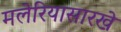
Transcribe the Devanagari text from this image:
मलेरियासारखे